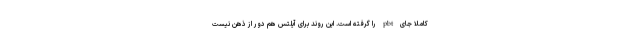
کاملاً جای pbt را گرفته است. این روند برای آیلتس هم دور از ذهن نیست